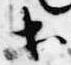
等